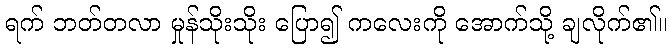
ရက် ဘတ်တလာ မှုန်သိုးသိုး ပြော၍ ကလေးကို အောက်သို့ ချလိုက်၏။